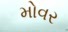
મોવર